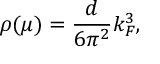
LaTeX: \rho ( \mu ) = \frac { d } { 6 \pi ^ { 2 } } k _ { F } ^ { 3 } ,